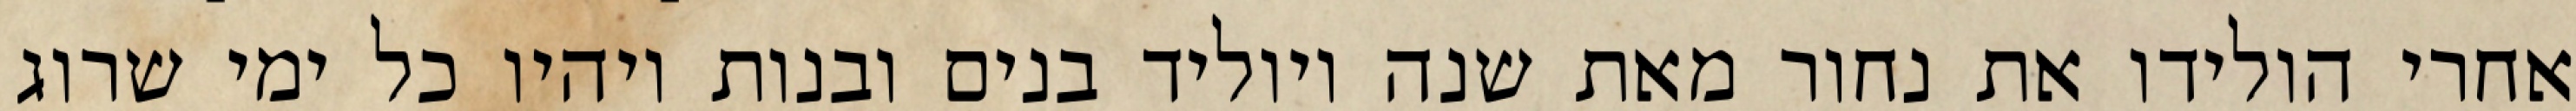
אחרי הולידו את נחור מאת שנה ויוליד בנים ובנות ויהיו כל ימי שרוג